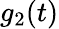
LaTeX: g_{2}(t)